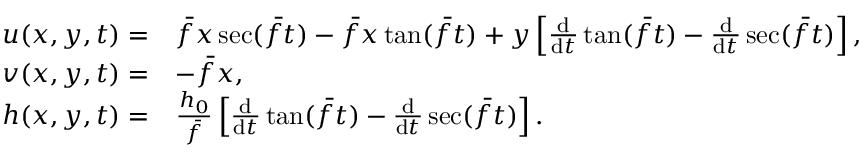
\begin{array} { r l } { u ( x , y , t ) = } & { \bar { f } x \sec ( \bar { f } t ) - \bar { f } x \tan ( \bar { f } t ) + y \left[ \frac { \mathrm { d } } { \mathrm { d } t } \tan ( \bar { f } t ) - \frac { \mathrm { d } } { \mathrm { d } t } \sec ( \bar { f } t ) \right] , } \\ { v ( x , y , t ) = } & { - \bar { f } x , } \\ { h ( x , y , t ) = } & { \frac { h _ { 0 } } { \bar { f } } \left[ \frac { \mathrm { d } } { \mathrm { d } t } \tan ( \bar { f } t ) - \frac { \mathrm { d } } { \mathrm { d } t } \sec ( \bar { f } t ) \right] . } \end{array}